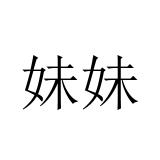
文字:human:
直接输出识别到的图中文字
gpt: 妹妹